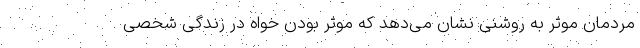
مردمان موثر به روشنی نشان می‌دهد که موثر بودن خواه در زندگی شخصی